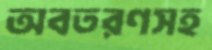
অবতরণসহ